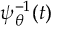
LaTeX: \, \psi _ { \theta } ^ { - 1 } ( t )